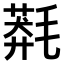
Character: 𣯬